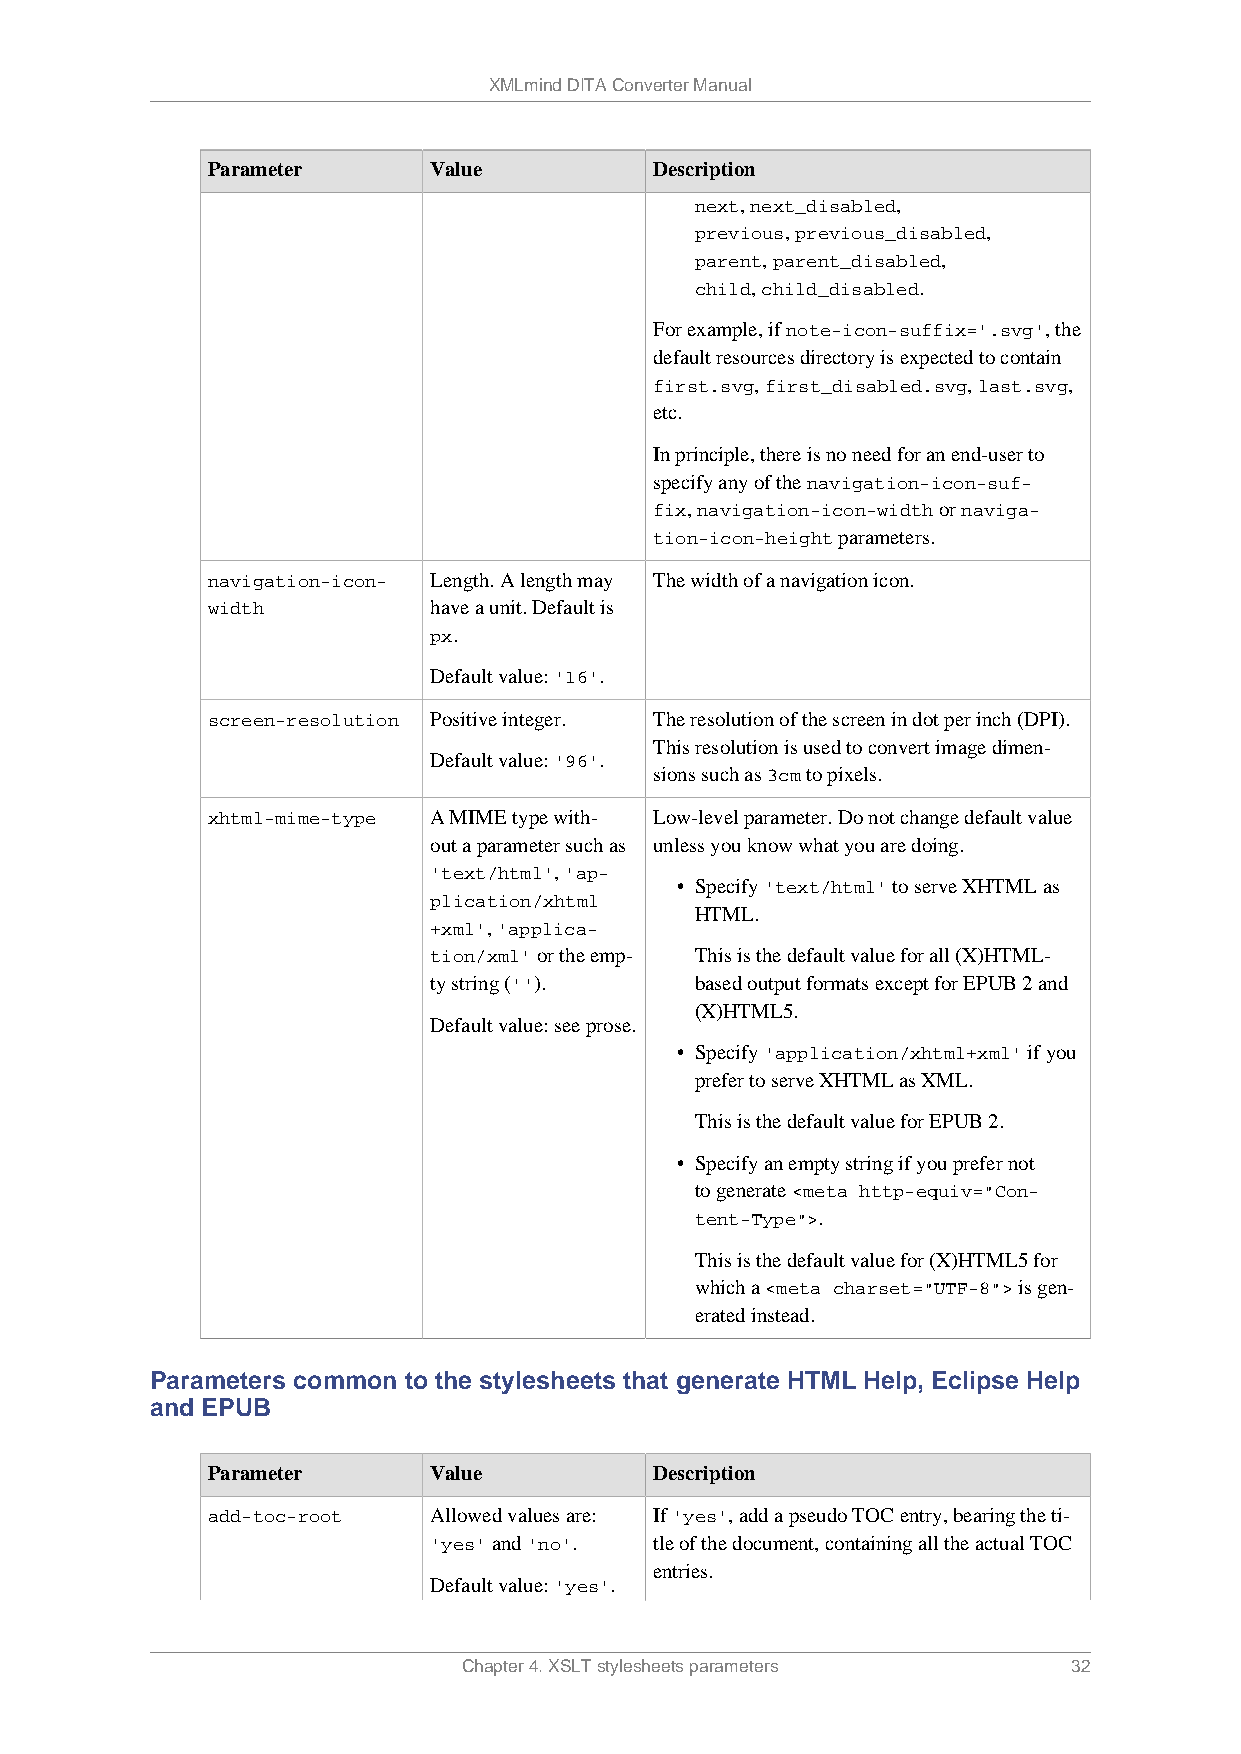
XMLmind DITA Converter Manual
 Parameter     Value          Description
 next, next_disabled,
 previous, previous_disabled,
 parent, parent_disabled,
 child, child_disabled.
 For example, if note-icon-suffix='.svg', the
 default resources directory is expected to contain
 first.svg, first_disabled.svg, last.svg,
 etc.
 In principle, there is no need for an end-user to
 specify any of the navigation-icon-suf-
 fix, navigation-icon-width or naviga-
 tion-icon-height parameters.
 navigation-icon- Length. A length may The width of a navigation icon.
 width         have a unit. Default is
 px.
 Default value: '16'.
 screen-resolution Positive integer. The resolution of the screen in dot per inch (DPI).
 This resolution is used to convert image dimen-
 Default value: '96'.
 sions such as 3cm to pixels.
 xhtml-mime-type A MIME type with- Low-level parameter. Do not change default value
 out a parameter such as unless you know what you are doing.
 'text/html', 'ap-
 • Specify 'text/html' to serve XHTML as
 plication/xhtml
 HTML.
 +xml', 'applica-
 tion/xml' or the emp- This is the default value for all (X)HTML-
 ty string ('').   based output formats except for EPUB 2 and
 (X)HTML5.
 Default value: see prose.
 • Specify 'application/xhtml+xml' if you
 prefer to serve XHTML as XML.
 This is the default value for EPUB 2.
 • Specify an empty string if you prefer not
 to generate <meta http-equiv="Con-
 tent-Type">.
 This is the default value for (X)HTML5 for
 which a <meta charset="UTF-8"> is gen-
 erated instead.
 Parameters common to the stylesheets that generate HTML Help, Eclipse Help
 and EPUB
 Parameter     Value          Description
 add-toc-root  Allowed values are: If 'yes', add a pseudo TOC entry, bearing the ti-
 'yes' and 'no'. tle of the document, containing all the actual TOC
 entries.
 Default value: 'yes'.
 Chapter 4. XSLT stylesheets parameters  32